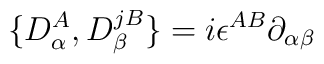
\{D^A_{\alpha},D^{jB}_{\beta}\}=i\epsilon^{AB}\partial_{\alpha\beta}